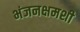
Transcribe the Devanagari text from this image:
भंजनक्षमशी